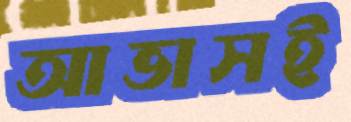
আভাসই